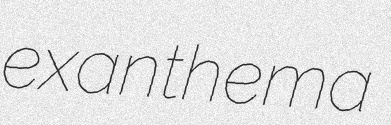
exanthema